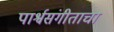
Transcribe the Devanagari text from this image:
पार्श्वसंगीताचा